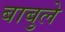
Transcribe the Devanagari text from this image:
बाबुले